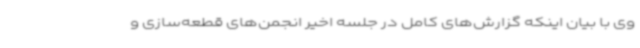
وی با بیان اینکه گزارش‌های کامل در جلسه اخیر انجمن‌های قطعه‌سازی و